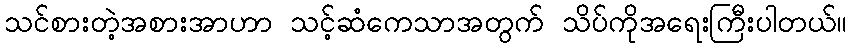
သင်စားတဲ့အစားအာဟာ သင့်ဆံကေသာအတွက် သိပ်ကိုအရေးကြီးပါတယ်။